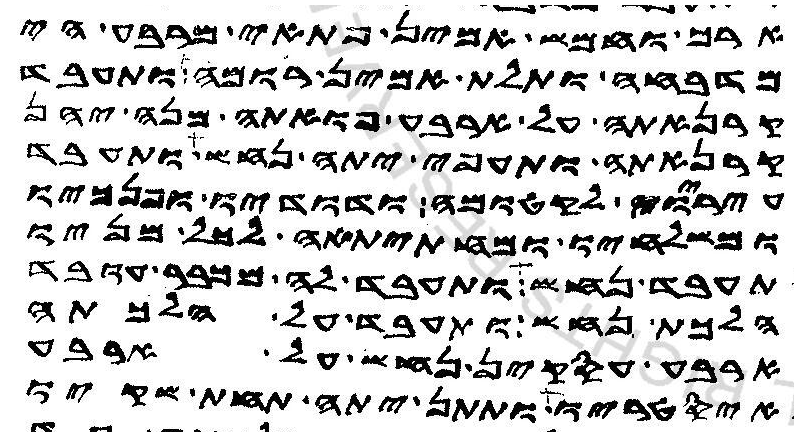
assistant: ארך וחמש אמין פתאי מרבע הי
מדבחה ותלת אמין רומה ותעבד
קרנאתה על ארבע פואתה מנה יהן
קרנאתה ותעפי יתה נחש ותעבד
עיריו לקטומה ודודיו ופנכיו
ומשלחיו ומחתיתאה לכל מניו
תעבד נחש ותעבד לה מכבר עובד
הלכת נחש ותעבד על הלכתה
ארבע עסקין נחש על ארבע
איסטריו ותתן יתה תחת שקיו